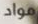
مواد